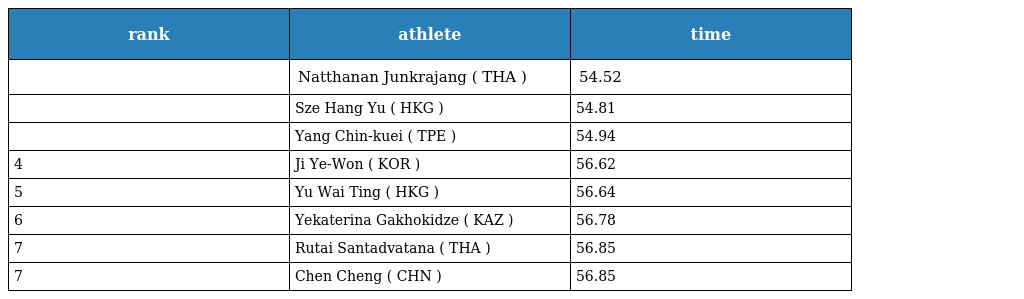
| rank | athlete | time |
 | --- | --- | --- |
 |  | Natthanan Junkrajang ( THA ) | 54.52 |
 |  | Sze Hang Yu ( HKG ) | 54.81 |
 |  | Yang Chin-kuei ( TPE ) | 54.94 |
 | 4 | Ji Ye-Won ( KOR ) | 56.62 |
 | 5 | Yu Wai Ting ( HKG ) | 56.64 |
 | 6 | Yekaterina Gakhokidze ( KAZ ) | 56.78 |
 | 7 | Rutai Santadvatana ( THA ) | 56.85 |
 | 7 | Chen Cheng ( CHN ) | 56.85 |